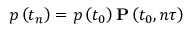
p \left( t _ { n } \right) = p \left( t _ { 0 } \right) \mathbf { P } \left( t _ { 0 } , n \tau \right)